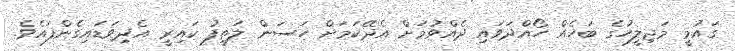
ގައުމީ މަޖިލީހުގެ ބަހެއް ހޯއްދަވައި ދެއްވުމަށް އެދޭކަމަށް ހަސަން ލަތީފު ކައިރީ އެދިވަޑައިގެންފައެވެ.